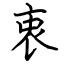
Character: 衷